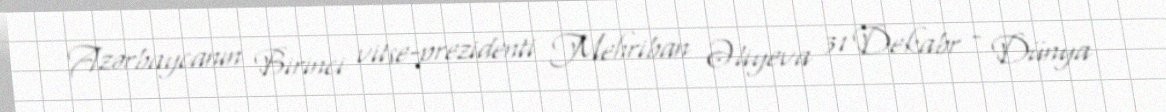
Azərbaycanın Birinci vitse-prezidenti Mehriban Əliyeva 31 Dekabr - Dünya